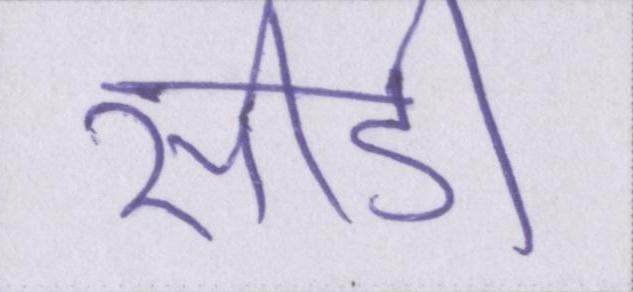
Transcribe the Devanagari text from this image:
सीडी